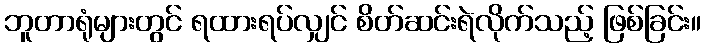
ဘူတာရုံများတွင် ရထားရပ်လျှင် စိတ်ဆင်းရဲလိုက်သည့် ဖြစ်ခြင်း။